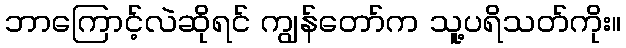
ဘာကြောင့်လဲဆိုရင် ကျွန်တော်က သူ့ပရိသတ်ကိုး။